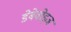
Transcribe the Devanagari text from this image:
डेबेवोइज